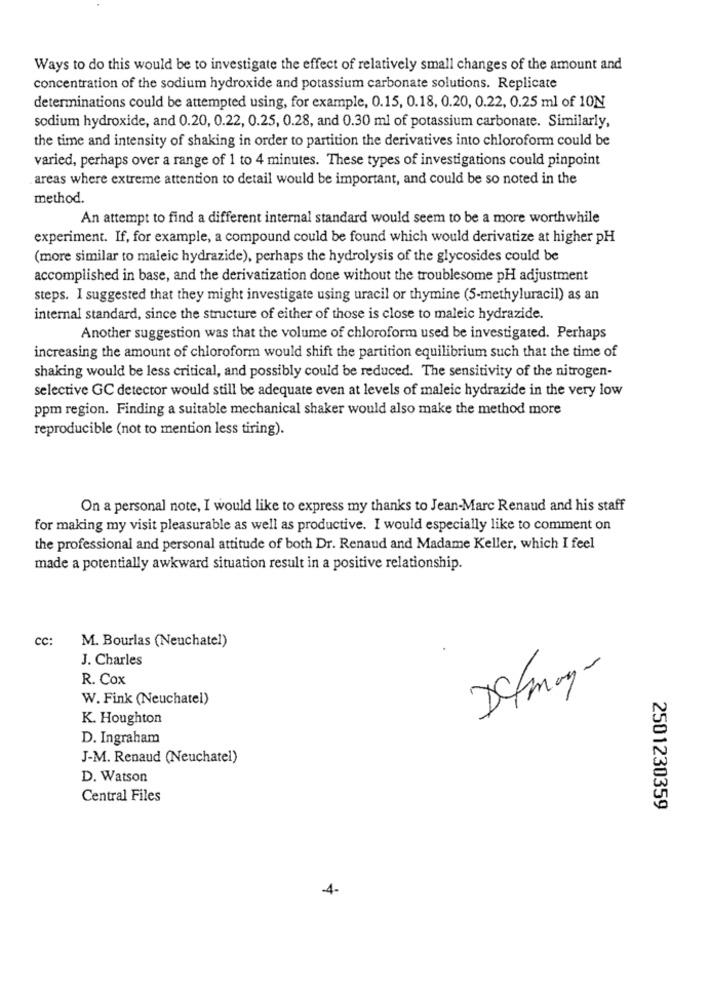
Ways to do this would be to investigate the effect of relatively small changes of the amount and
concentration of the sodium hydroxide and potassium carbonate solutions. Replicate
determinations could be attempted using, for example, 0.15, 0.18, 0.20, 0.22, 0.25 ml of 10N
sodium hydroxide, and 0.20, 0.22, 0.25, 0.28, and 0.30 ml of potassium carbonate. Similarly,
the time and intensity of shaking in order to partition the derivatives into chloroform could be
varied, perhaps over a range of 1 to 4 minutes. These types of investigations could pinpoint
areas where extreme attention to detail would be important, and could be so noted in the
method.
An attempt to find a different internal standard would seem to be a more worthwhile
experiment. If, for example, a compound could be found which would derivatize at higher pH
(more similar to maleic hydrazide), perhaps the hydrolysis of the glycosides could be
accomplished in base, and the derivatization done without the troublesome pH adjustment
steps. I suggested that they might investigate using uracil or thymine (5-methyluracil) as an
internal standard, since the structure of either of those is close to maleic hydrazide.
Another suggestion was that the volume of chloroform used be investigated. Perhaps
increasing the amount of chloroform would shift the partition equilibrium such that the time of
shaking would be less critical, and possibly could be reduced. The sensitivity of the nitrogen-
selective GC detector would still be adequate even at levels of maleic hydrazide in the very low
ppm region. Finding a suitable mechanical shaker would also make the method more
reproducible (not to mention less tiring).
On a personal note, I would like to express my thanks to Jean-Marc Renaud and his staff
for making my visit pleasurable as well as productive. I would especially like to comment on
the professional and personal attitude of both Dr. Renaud and Madame Keller, which I feel
made a potentially awkward situation result in a positive relationship.
cc:
M. Bourlas (Neuchatel)
J. Charles
R. Cox
Dafmay-
W. Fink (Neuchatel)
K. Houghton
D. Ingraham
J-M. Renaud (Neuchatel)
D. Watson
Central Files
2501230359
-4-